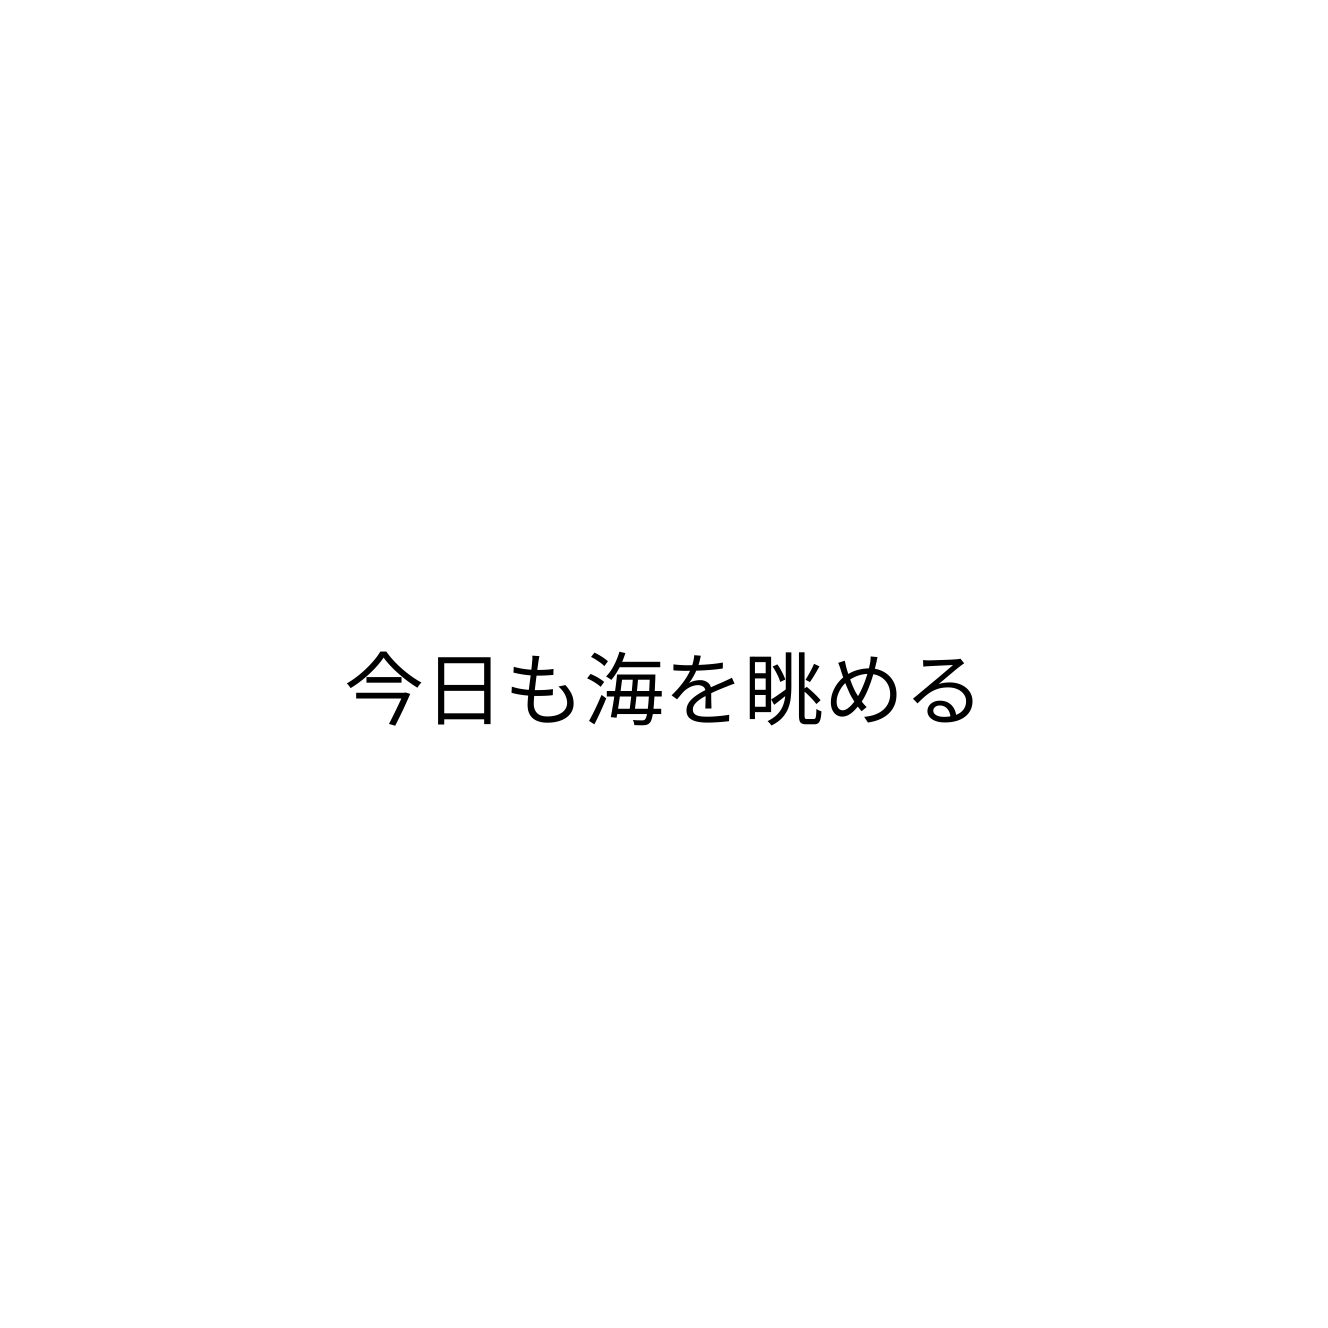
今日も海を眺める